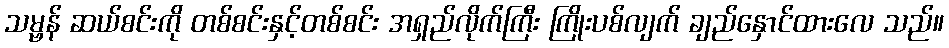
သမ္ဗန် ဆယ်စင်းကို တစ်စင်းနှင့်တစ်စင်း အရှည်လိုက်ကြီး ကြိုးပစ်လျက် ချည်နှောင်ထားလေ သည်။